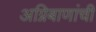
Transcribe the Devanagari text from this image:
अग्निबाणांची